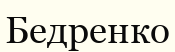
Бедренко